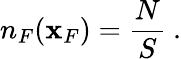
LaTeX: n_{F}({\mathbf x}_{F})=\frac{N}{S}~.